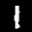
Label: 1